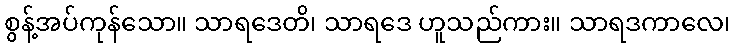
စွန့်အပ်ကုန်သော။ သာရဒေတိ၊ သာရဒေ ဟူသည်ကား။ သာရဒကာလေ၊